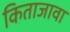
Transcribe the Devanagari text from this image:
किताजावा